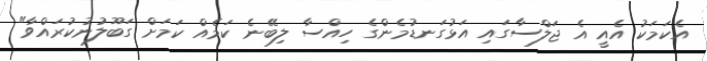
އެކަމަކު އެއީ އެ ޖަލްސާގައި އަޅުގަނޑުމެންގެ ހިއްސާ ލިބޭނެ ކަމެއް ކަމަށް ގަބޫލުނުކުރައްވާ"